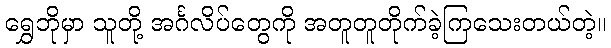
ရွှေဘိုမှာ သူတို့ အင်္ဂလိပ်တွေကို အတူတူတိုက်ခဲ့ကြသေးတယ်တဲ့။